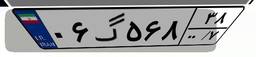
۰۶گ۵۶۸۳۸